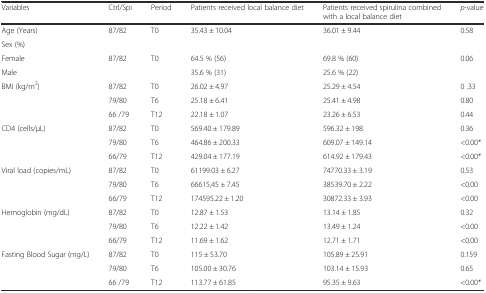
<table><thead><tr><td><b>Variables</b></td><td><b>Ctrl/Spi</b></td><td><b>Period</b></td><td><b>Patients received local balance diet</b></td><td><b>Patients received spirulina combined with a local balance diet</b></td><td><b><i>p</i>-value</b></td></tr></thead><tbody><tr><td>Age (Years)</td><td>87/82</td><td>T0</td><td>35.43 ± 10.04</td><td>36.01 ± 9.44</td><td>0.58</td></tr><tr><td>Sex (%)</td><td></td><td></td><td></td><td></td><td></td></tr><tr><td>Female</td><td rowspan="2">87/82</td><td rowspan="2">T0</td><td>64.5 % (56)</td><td>69.8 % (60)</td><td rowspan="2">0.06</td></tr><tr><td>Male</td><td>35.6 % (31)</td><td>25.6 % (22)</td></tr><tr><td rowspan="3">BMI (kg/m<sup>2</sup>)</td><td>87/82</td><td>T0</td><td>26.02 ± 4.97</td><td>25.29 ± 4.54</td><td>0 .33</td></tr><tr><td>79/80</td><td>T6</td><td>25.18 ± 6.41</td><td>25.41 ± 4.98</td><td>0.80</td></tr><tr><td>66 /79</td><td>T12</td><td>22.18 ± 1.07</td><td>23.26 ± 6.53</td><td>0.44</td></tr><tr><td rowspan="3">CD4 (cells/μL)</td><td>87/82</td><td>T0</td><td>569.40 ± 179.89</td><td>596.32 ± 198</td><td>0.36</td></tr><tr><td>79/80</td><td>T6</td><td>464.86 ± 200.33</td><td>609.07 ± 149.14</td><td>&lt;0.00*</td></tr><tr><td>66/79</td><td>T12</td><td>429.04 ± 177.19</td><td>614.92 ± 179.43</td><td>&lt;0.00*</td></tr><tr><td rowspan="3">Viral load (copies/mL)</td><td>87/82</td><td>T0</td><td>61199.03 ± 6.27</td><td>74770.33 ± 3.19</td><td>0.53</td></tr><tr><td>79/80</td><td>T6</td><td>66615,45 ± 7.45</td><td>38539.70 ± 2.22</td><td>&lt;0.00</td></tr><tr><td>66/79</td><td>T12</td><td>174595.22 ± 1.20</td><td>30872.33 ± 3.93</td><td>&lt;0.00</td></tr><tr><td rowspan="3">Hemoglobin (mg/dL)</td><td>87/82</td><td>T0</td><td>12.87 ± 1.53</td><td>13.14 ± 1.85</td><td>0.32</td></tr><tr><td>79/80</td><td>T6</td><td>12.22 ± 1.42</td><td>13.49 ± 1.24</td><td>&lt;0.00</td></tr><tr><td>66/79</td><td>T12</td><td>11.69 ± 1.62</td><td>12.71 ± 1.71</td><td>&lt;0.00</td></tr><tr><td rowspan="3">Fasting Blood Sugar (mg/L)</td><td>87/82</td><td>T0</td><td>115 ± 53.70</td><td>105.89 ± 25.91</td><td>0.159</td></tr><tr><td>79/80</td><td>T6</td><td>105.00 ± 30.76</td><td>103.14 ± 15.93</td><td>0.65</td></tr><tr><td>66 /79</td><td>T12</td><td>113.77 ± 61.85</td><td>95.35 ± 9.63</td><td>&lt;0.00*</td></tr></tbody></table>